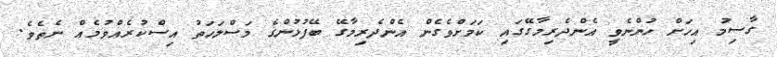
ގާސިމު އިހަށް ހުންނެވީ އެންދެރިމާގޭގައި ކަމަށްވެގެން އެންދެރިމާގޭ ބޭފުޅުންގެ މަސްލަހަތު އިސްކުރެއްވުމެއް ނެތެވެ.